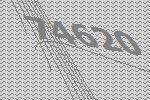
74620